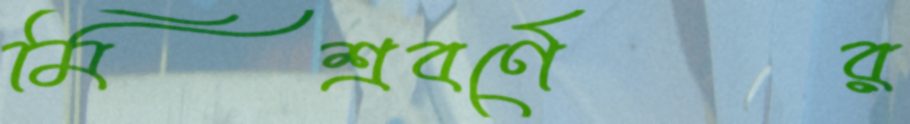
মিশ্রবর্ণের